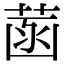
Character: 菡